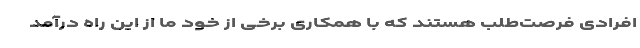
افرادی فرصت‌طلب هستند که با همکاری برخی از خود ما از این راه درآمد